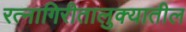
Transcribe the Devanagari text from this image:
रत्‍नागिरीतालुक्यातील